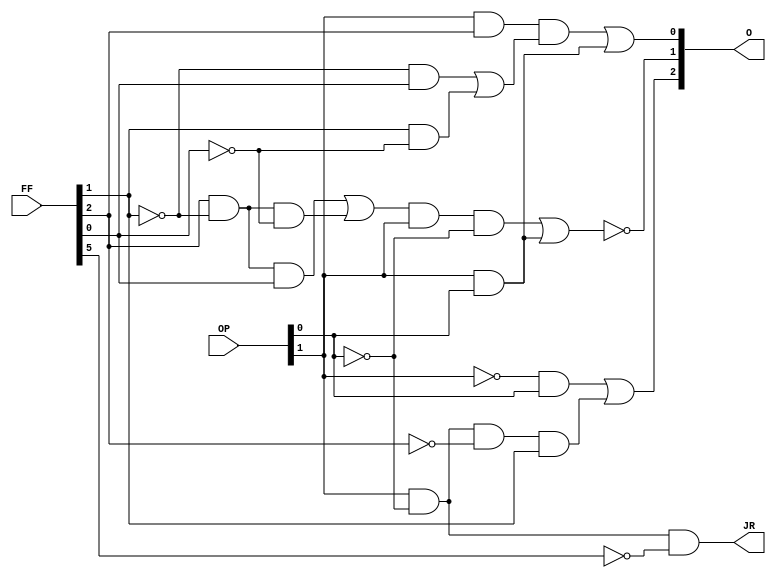
module alu_control (OP,FF,O,JR);

input [5:0] FF; //function field
input [1:0] OP; //op code
output [2:0] O;
output JR;

wire f2nw,   f1nw,f0nw;
wire op0nw,op1nw;
wire and1w,and2w,and3w,and4w,and5w, and6w;
wire and01w,and41w,and7w,and8w;
wire or1w,or2w,or22w,notf5w;
wire and_05,and_06;
//x2
not not_00 (op1nw,OP[1]);
and and_01 (and01w,op1nw,OP[0]);

not not_4 (op0nw,OP[0]);
not not_1(f2nw,FF[2]);

and and_1 (and1w,OP[1],op0nw,f2nw,FF[1]);
or or_1 (O[2],and01w,and1w);

//x1 

not not_2 (f1nw,FF[1]);
not not_3 (f0nw,FF[0]);


and and_2 (and2w,FF[2],f1nw,FF[0]);
and and_3 (and3w,FF[2],f1nw,f0nw);

or or_2 (or1w,and2w,and3w);
and and_4 (and4w,or1w,OP[1],op0nw);
and and_41 (and41w,OP[1],OP[0]);

or or_22 (or22w,and4w,and41w);

not not_5 (O[1],or22w);

//x0

and and_5 (and5w,f1nw,FF[0]);
and and_6 (and6w,FF[1],f0nw);
or or_3 (or2w,and5w,and6w);
and and_7 (and7w,OP[1],FF[2],or2w);
and and_8 (and8w,OP[1],OP[0]);
or or_4 (O[0],and7w,and8w);

//JR

not not_f5 (notf5w,FF[5]);
and and_9 (JR,OP[1],op0nw,notf5w);








endmodule